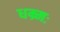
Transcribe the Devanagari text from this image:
धम्र्मः